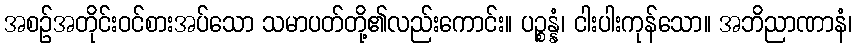
အစဉ်အတိုင်းဝင်စားအပ်သော သမာပတ်တို့၏လည်းကောင်း။ ပဉ္စန္နံ၊ ငါးပါးကုန်သော။ အဘိညာဏာနံ၊